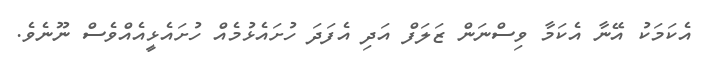
އެކަމަކު އޭނާ އެކަމާ ވިސްނަން ޒަލަފް އަދި އެފަދަ ހުށައެޅުމެއް ހުށައެޅީއެއްވެސް ނޫނެވެ.